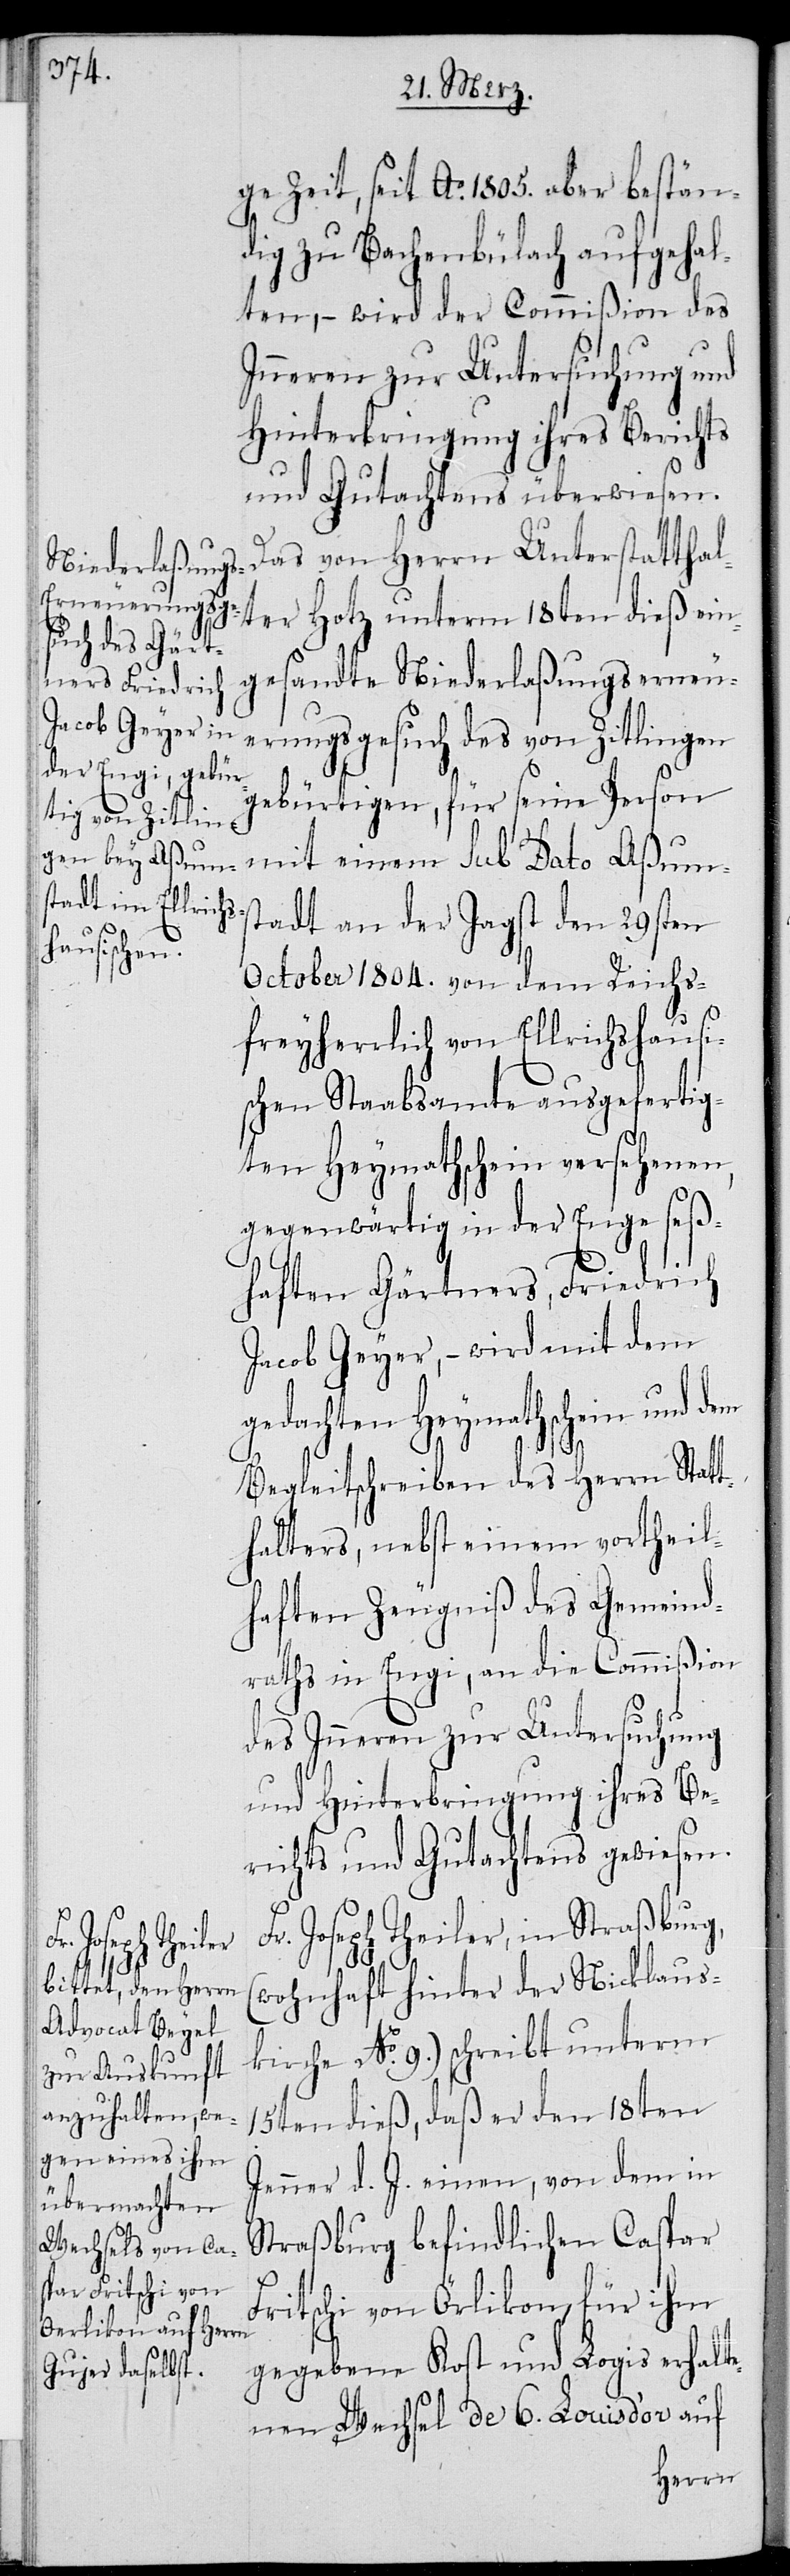
ge Zeit, seit Ao. 1805. aber bestän¬
dig zu Bachenbülach aufgehal¬
ten, – wird der Commißion des
Inneren zur Untersuchung und
Hinterbringung ihres Berichts
und Gutachtens überwiesen.
Das von Herrn Unterstatthal¬
ter Hotz unterm 18ten dieß ein¬
gesandte Niederlaßungserneu¬
erungsgesuch des von Zitlingen
gebürtigen, für seine Person
mit einem sub Dato Aßums¬
tadt an der Jagst den 29sten
October 1804. von dem Reichs¬
freyherrlich von Ellrichshausi¬
schen Staabsamte ausgefertig¬
ten Heymathschein versehenen,
gegenwärtig in der Enge seß¬
haften Gärtners, Friedrich
Jacob Geyer, – wird mit dem
gedachten Heymathschein und dem
Begleitschreiben des Herrn Stat¬
thalters, nebst einem vortheil¬
haften Zeugniß des Gemeind¬
raths in Engi, an die Commißion
des Inneren zur Untersuchung
und Hinterbringung ihres Be¬
richts und Gutachtens gewiesen.
Joseph Theiler, in Straßburg,
(wohnhaft hinter der Nicklaus¬
kirche No. 9.) schreibt unterm
15ten dieß, daß er den 18ten
Jenner d. J. einen, von dem in
Straßburg befindlichen Caspar
Fritschi von Örlikon, für ihm
gegebene Kost und Logis erhalt¬
enen Wechsel de 6. Louis d’or auf